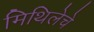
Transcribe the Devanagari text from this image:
मिथिलेचे